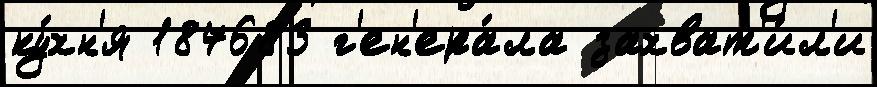
ку́хн'я 187683 г'ен'ера́ла захват'и́л'и